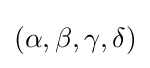
(\alpha ,\beta ,\gamma ,\delta )